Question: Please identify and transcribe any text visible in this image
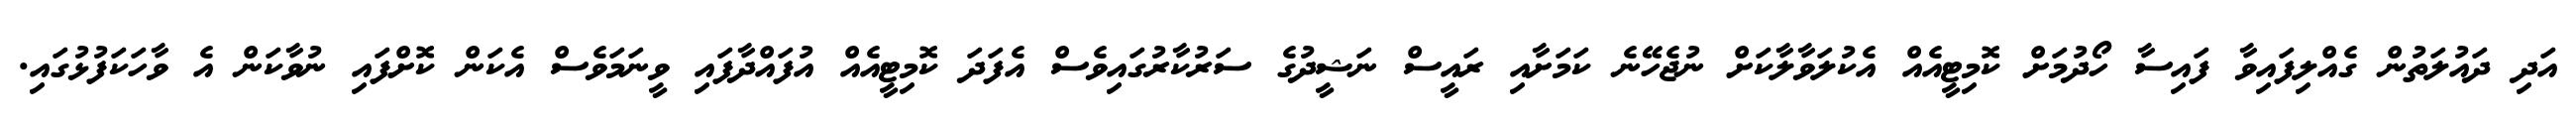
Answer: އަދި ދައުލަތުން ގެއްލިފައިވާ ފައިސާ ހޯދުމަށް ކޮމިޓީއެއް އެކުލަވާލާކަށް ނުޖެހޭނެ ކަމަށާއި ރައީސް ނަޝީދުގެ ސަރުކާރުގައިވެސް އެފަދަ ކޮމިޓީއެއް އުފައްދާފައި ވީނަމަވެސް އެކަން ކޮށްފައި ނުވާކަން އެ ވާހަކަފުޅުގައި.